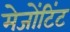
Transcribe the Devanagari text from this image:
मेजोंटिंट